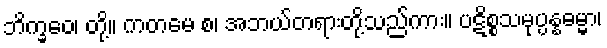
ဘိက္ခဝေ၊ တို့။ ကတမေ စ၊ အဘယ်တရားတို့သည်ကား။ ပဋိစ္စသမုပ္ပန္နဓမ္မာ၊